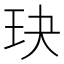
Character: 玦